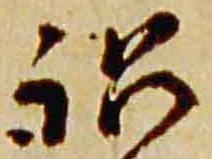
訟